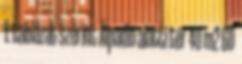
1. táblázat szerint Álpadló alatti tér 40 m2 60